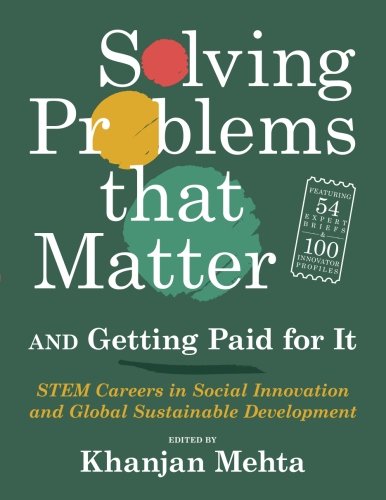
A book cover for Solving Problems that Matter (and Getting Paid for It); Khanjan Mehta; Business & Money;